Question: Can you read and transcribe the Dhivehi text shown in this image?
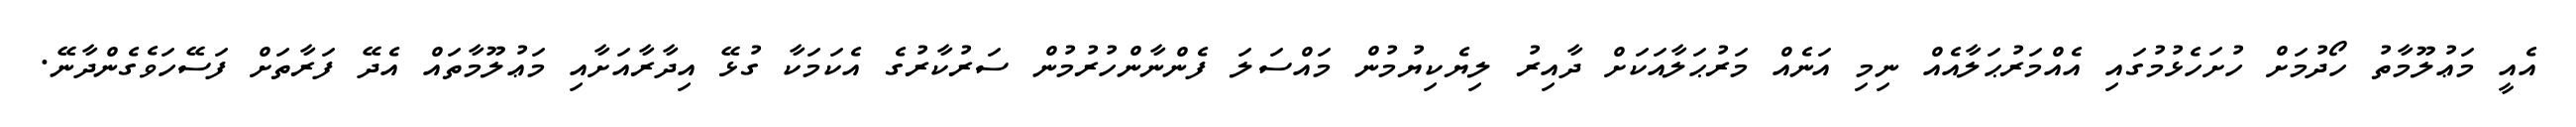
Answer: އެއީ މަޢުލޫމާތު ހޯދުމަށް ހުށަހެޅުމުގައި އެއްމަރުޙަލާއެއް ނިމި އަނެއް މަރުޙަލާއަކަށް ދާއިރު ލިޔެކިޔުމުން މައްސަލަ ފެންނާންހުރުމުން ސަރުކާރުގެ އެކަމަކާ ގުޅޭ އިދާރާއަށާއި މަޢުލޫމާތައް އެދޭ ފަރާތަށް ފަސޭހަވެގެންދާނޭ.